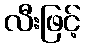
လီးဖြင့်